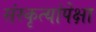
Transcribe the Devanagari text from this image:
संस्कृत्यांपेक्षा